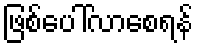
ဖြစ်ပေါ်လာစေရန်